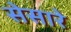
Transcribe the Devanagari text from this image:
सेसारे